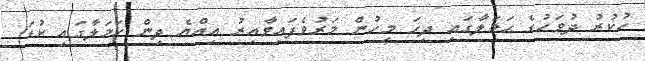
ހުކުރު ދުވަހުގެ ޙަމަލާގައި ދިހަ މީހުން މަރުވެފައިވާއިރު އިއްޔެ ދިން ހަމަލާގައި ކުޑަ